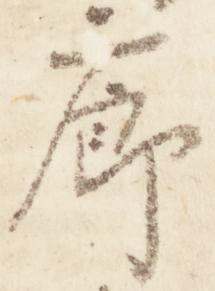
廊